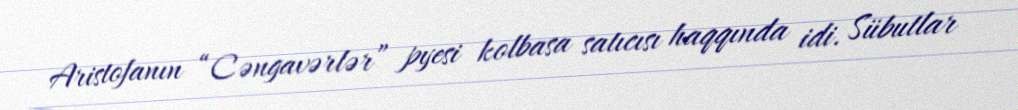
Aristofanın “Cəngavərlər” pyesi kolbasa satıcısı haqqında idi. Sübutlar